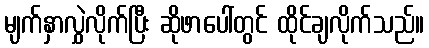
မျက်နှာလွှဲလိုက်ပြီး ဆိုဖာပေါ်တွင် ထိုင်ချလိုက်သည်။